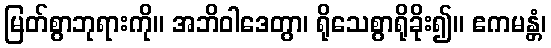
မြတ်စွာဘုရားကို။ အဘိဝါဒေတွာ၊ ရိုသေစွာရိုခိုး၍။ ဧကမန္တံ၊